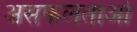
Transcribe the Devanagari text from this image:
असफलताओ